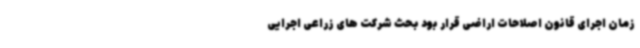
زمان اجرای قانون اصلاحات اراضی قرار بود بحث شرکت های زراعی اجرایی